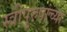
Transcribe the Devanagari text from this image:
स्त्रीपुरुषांच्या